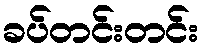
ခပ်တင်းတင်း